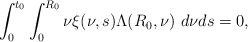
\begin{align*} \int_{0}^{t_{0}}\int_{0}^{R_{0}}\nu\xi(\nu,s)\Lambda(R_{0},\nu)\ d\nu ds=0, \end{align*}